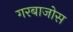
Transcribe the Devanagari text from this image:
गरबाजोस